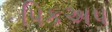
પિકઅપ